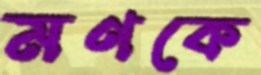
মণকে